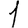
Digit: 1